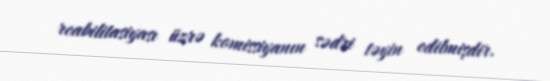
reabilitasiyası üzrə komissiyanın sədri təyin edilmişdir.